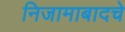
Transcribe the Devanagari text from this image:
निजामाबादचे